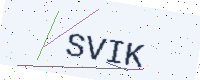
Text: SVIK